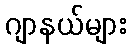
ဂျာနယ်များ